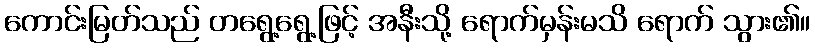
ကောင်းမြတ်သည် တရွေ့ရွေ့ဖြင့် အနီးသို့ ရောက်မှန်းမသိ ရောက် သွား၏။